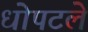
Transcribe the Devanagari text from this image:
धोपटले